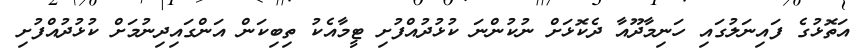
އަތޮޅުގެ ފައިނަލުގައި ހަނިމާދޫއާ ދެކޮޅަށް ނުކުންނަ ކުޅުދުއްފުށި ޓީމާއެކު ތިބިކަން އަންގައިދިނުމަށް ކުޅުދުއްފުށި